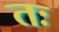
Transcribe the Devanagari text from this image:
तः